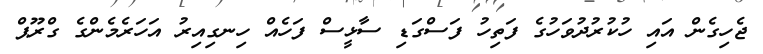
ޖެހިގެން އައި ހުކުރުދުވަހުގެ ފަތިހު ފަސްގަޑި ސާޅީސް ފަހެއް ހިނގިއިރު އަހަރެމެންގެ ގްރޫޕް